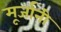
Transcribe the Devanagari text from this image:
मूर्जानी